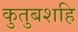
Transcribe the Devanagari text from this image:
कुतुबशहि